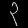
Digit: ၃